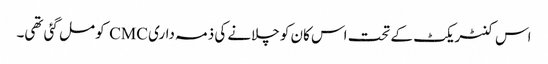
اس کنٹریکٹ کے تحت اس کان کو چلانے کی ذمہ داری CMC کو مل گئی تھی۔